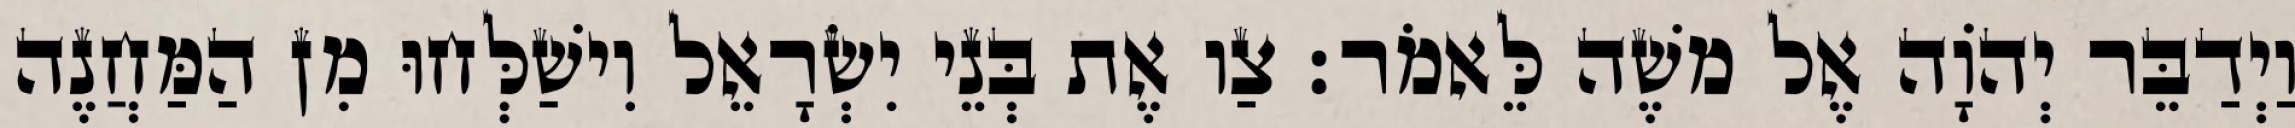
וַיְדַבֵּר יְהוָֹה אֶל משֶׁה לֵּאמֹר׃ צַו אֶת בְּנֵי יִשְׂרָאֵל וִישַׁלְּחוּ מִן הַמַּחֲנֶה